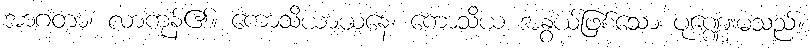
အာဂတာ၊ လာကုန်၏။ ကောသိယာယနေ၊ ကောသိယ အနွယ်ဖြစ်သော ပုဏ္ဏေးမသည်။